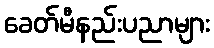
ခေတ်မီနည်းပညာများ